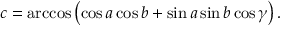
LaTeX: c = \operatorname { a r c c o s } \left( \cos a \cos b + \sin a \sin b \cos \gamma \right) .